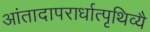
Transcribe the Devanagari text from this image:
आंतादापरार्धात्पृथिव्यै